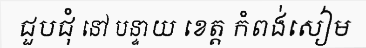
ជួបជុំ នៅ បន្ទាយ ខេត្ត កំពង់សៀម